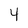
Character: 4